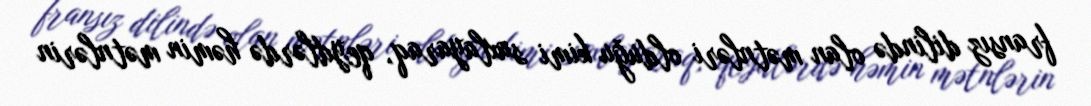
fransız dilində olan mətnləri olduğu kimi saxlayaraq, qeydlərdə həmin mətnlərin